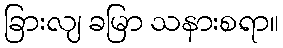
ခြားလျ ခမြာ သနားစရာ။